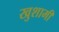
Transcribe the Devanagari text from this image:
खुशामी